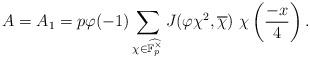
LaTeX: \begin{align*}A=A_1=p\varphi(-1)\sum_{\chi\in\widehat{\mathbb{F}_p^\times}}J(\varphi\chi^2,\overline{\chi})~\chi\left(\frac{-x}{4}\right).\end{align*}